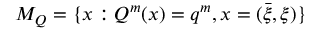
{ \cal M } _ { Q } = \{ x : Q ^ { m } ( x ) = q ^ { m } , x = ( \bar { \xi } , \xi ) \}